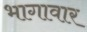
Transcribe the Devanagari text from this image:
भागावार